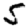
Digit: 5